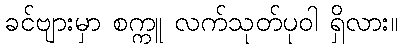
ခင်ဗျားမှာ စက္ကူ လက်သုတ်ပုဝါ ရှိလား။